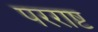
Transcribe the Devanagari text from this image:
परराष्ट